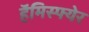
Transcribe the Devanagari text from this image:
हॅमिस्फ्येर